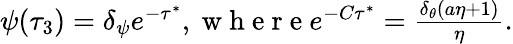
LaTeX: \begin{array}{r}{\psi(\tau_{3})=\delta_{\psi}e^{-\tau^{*}},\mathrm{~w~h~e~r~e~}e^{-C\tau^{*}}=\frac{\delta_{\theta}(a\eta+1)}{\eta}.}\end{array}